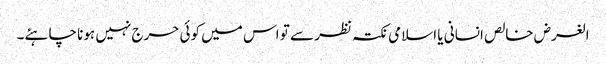
الغرض خالص انسانی یا اسلامی نکتہ نظر سے تو اس میں کوئی حرج نہیں ہونا چاہئے۔